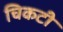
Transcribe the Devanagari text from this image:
चिकटी